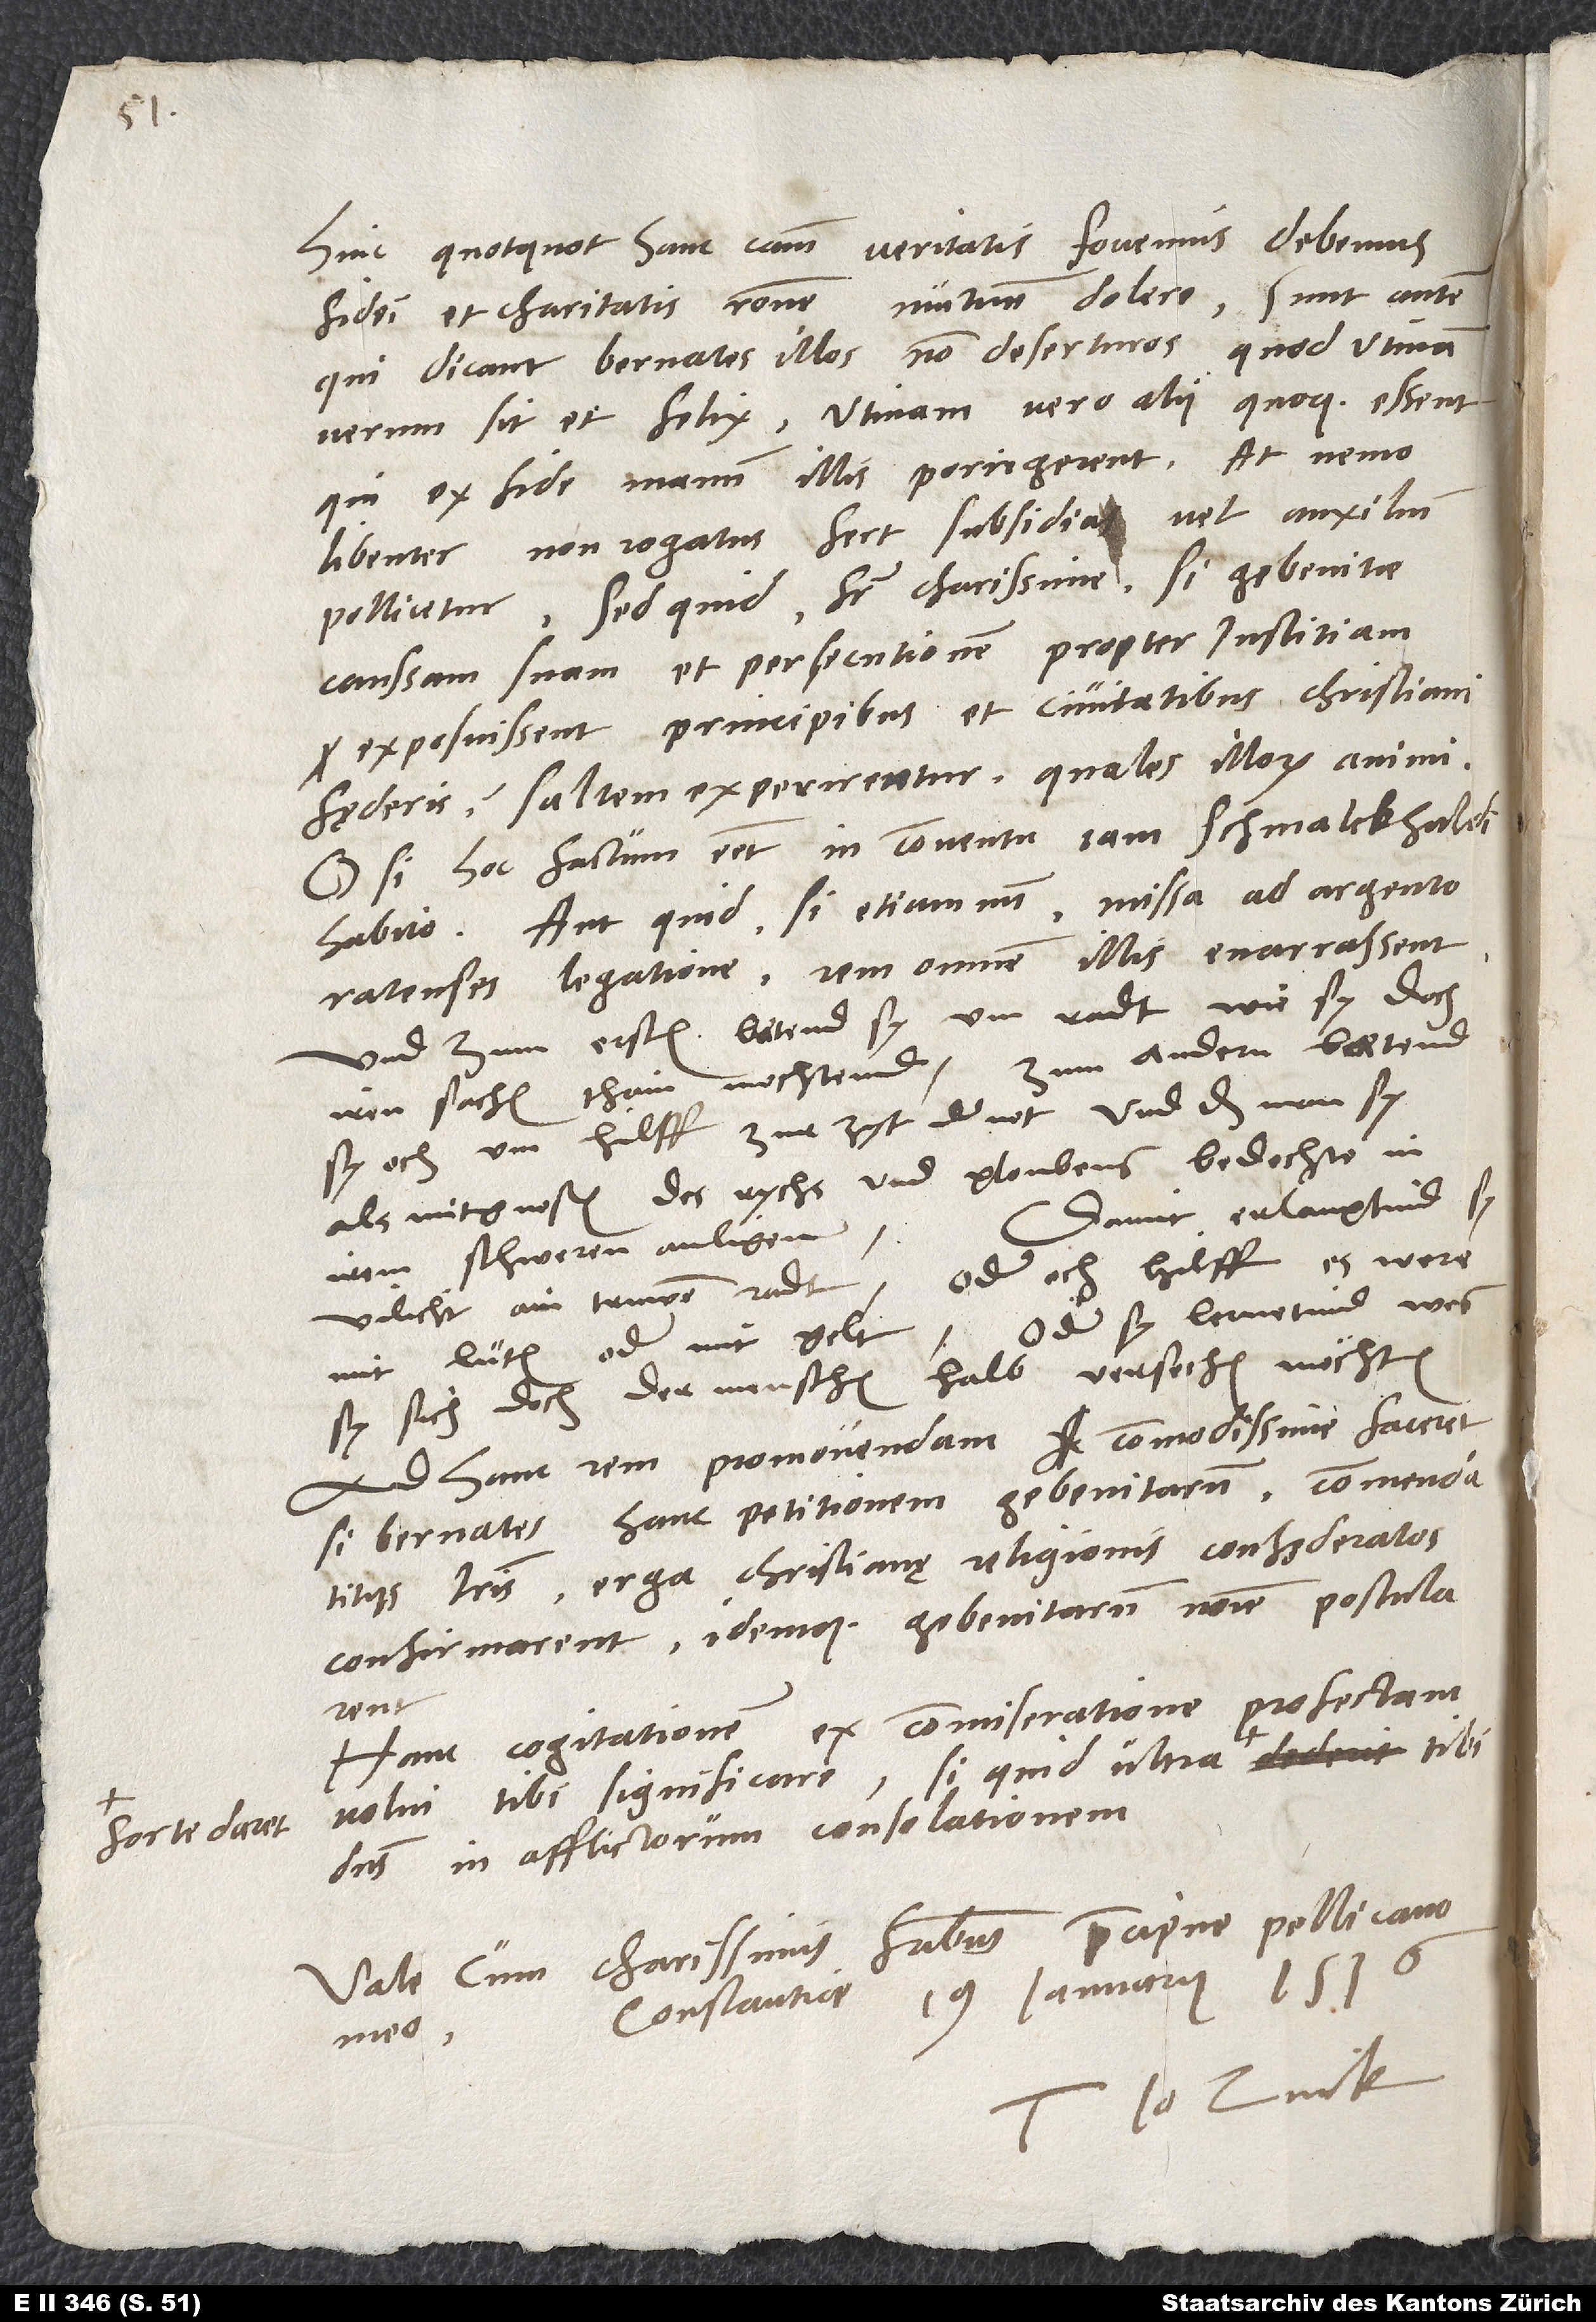
forte daret

Hinc, quotquot hanc causam veritatis fovemus, debemus
fidei et charitatis ratione mutuum dolere. Sunt autem,
qui dicant Bernates illos non deserturos. Quod utinam
verum sit et felix! Utinam vero alii quoque essent,
qui ex fide manum illis porrigerent! At nemo
libenter non rogatus fert subsidia vel auxilium
pollicetur. Sed quid, frater charissime, si Gebenitae
caussam suam et persecutionem propter iustitiam
exposuissent principibus et civitatibus christiani
fęderis? Saltem experirentur, quales illorum animi.
O, si hoc factum esset in conventu iam Schmalckhaldi
habito! Aut quid, si etiamnum missa ad Argentoratenses
legatione rem omnem illis enarrassent?
Und zum ersten bätend sy um radt, wie sy doch
iren sachen thain mochtend; zum andern bätend
sy och um hilff zur zyt der not, und daß man sy
als mitgnosen des rychs und gloubens bedochte in
Damit erlangtind sy
irem schweren anligen.
vilicht ain truwen radt oder och hilff, es were
mit lüten oder mit gelt, oder sy lernetind, wes
sy sich doch der menschen halb versechen möchten.
Ad hanc rem promovendam commodissime faceret,
si Bernates hanc petitionem Gebenitarum commendatitiis
literis erga christianę religionis confęderatos
confirmarent idemque Gebenitarum nomine postularent.
Hanc cogitationem ex commiseratione profectam
volui tibi significare, si quid ultra
dominus in afflictorum consolationem.
Vale cum charissimis fratribus, praecipue Pellicano
Constantiae, 19. ianuarii 1536.
meo.
Io. Zvick.